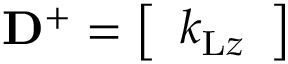
\mathbf { D } ^ { + } = \left[ \begin{array} { l } { k _ { \mathrm { L } z } } \end{array} \right]